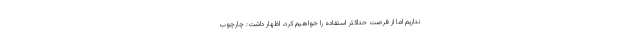
نداریم اما از فرصت حداکثر استفاده را خواهیم کرد، اظهار داشت: چارچوب